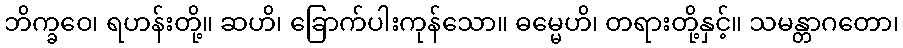
ဘိက္ခဝေ၊ ရဟန်းတို့။ ဆဟိ၊ ခြောက်ပါးကုန်သော။ ဓမ္မေဟိ၊ တရားတို့နှင့်။ သမန္တာဂတော၊